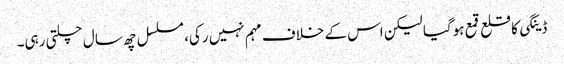
ڈینگی کا قلع قمع ہوگیا لیکن اس کے خلاف مہم نہیں رکی، مسلسل چھ سال چلتی رہی۔